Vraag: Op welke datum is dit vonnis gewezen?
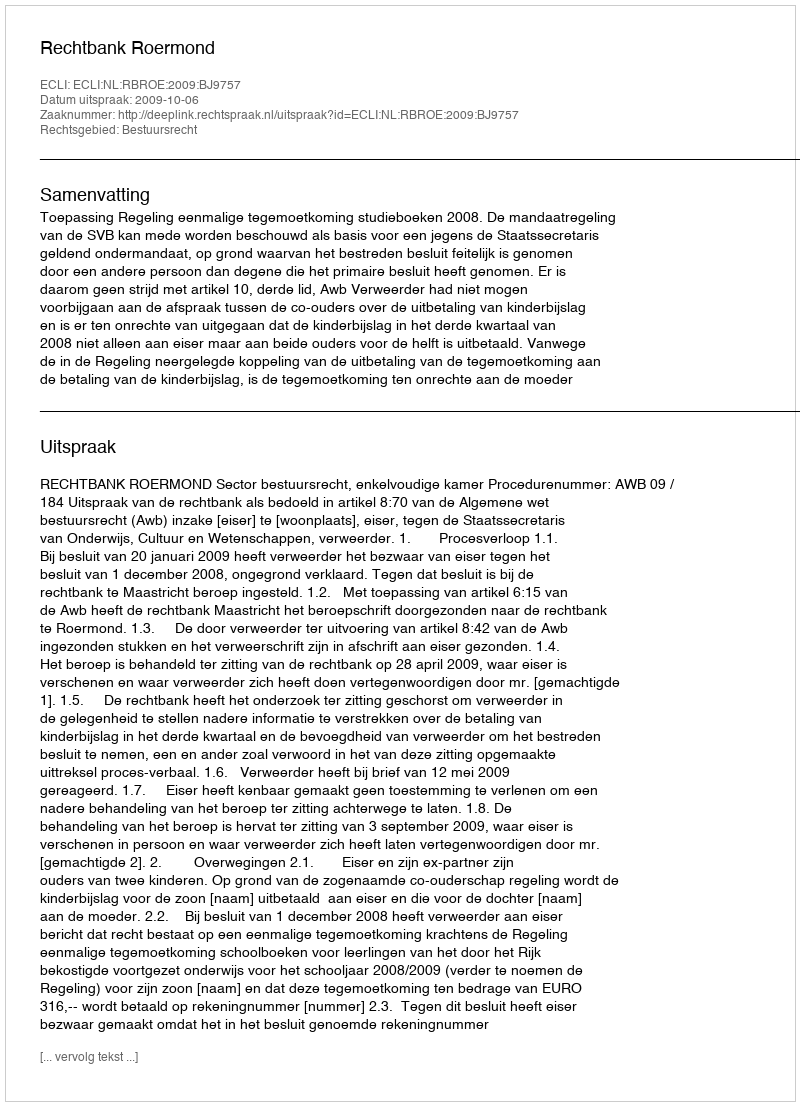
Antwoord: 2009-10-06